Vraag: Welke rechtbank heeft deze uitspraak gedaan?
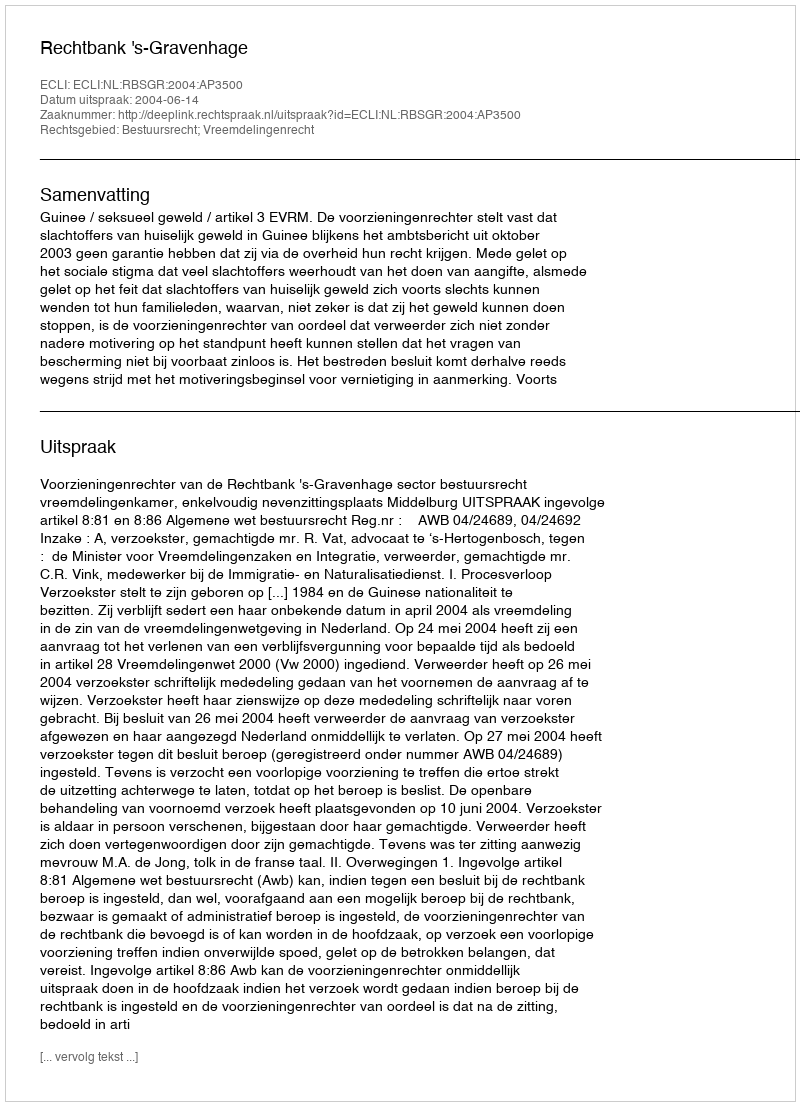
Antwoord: Rechtbank 's-Gravenhage